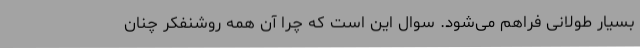
بسیار طولانی فراهم می‌شود. سوال این است که چرا آن همه روشنفکر چنان